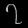
Digit: ၇